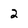
Character: 2